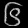
Digit: ၆